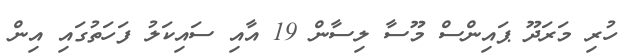
ހުރި މަރަދޫ ޕައިންސް މޫސާ ލިސާން 19 އާއި ސައިކަލު ފަހަތުގައި އިން